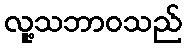
လူ့သဘာဝသည်